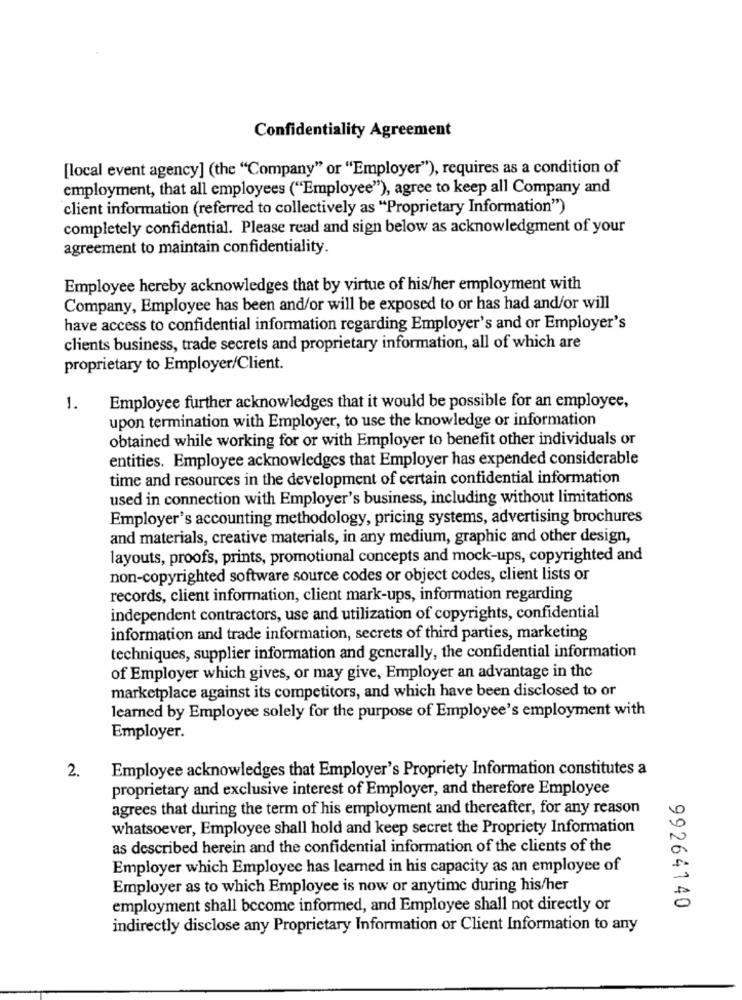
Confidentiality Agreement
[local event agency] (the "Company" or "Employer"), requires as a condition of
employment, that all employees ("Employee"), agree to keep all Company and
client information (referred to collectively as "Proprietary Information")
completely confidential. Please read and sign below as acknowledgment of your
agreement to maintain confidentiality.
Employee hereby acknowledges that by virtue of his/her employment with
Company, Employee has been and/or will be exposed to or has had and/or will
have access to confidential information regarding Employer's and or Employer's
clients business, trade secrets and proprietary information, all of which are
proprietary to Employer/Client.
1.
Employee further acknowledges that it would be possible for an employee,
upon termination with Employer, to use the knowledge or information
obtained while working for or with Employer to benefit other individuals or
entities. Employee acknowledges that Employer has expended considerable
time and resources in the development of certain confidential information
used in connection with Employer's business, including without limitations
Employer's accounting methodology, pricing systems, advertising brochures
and materials, creative materials, in any medium, graphic and other design,
layouts, proofs, prints, promotional concepts and mock-ups, copyrighted and
non-copyrighted software source codes or object codes, client lists or
records, client information, client mark-ups, information regarding
independent contractors, use and utilization of copyrights, confidential
information and trade information, secrets of third parties, marketing
techniques, supplier information and generally, the confidential information
of Employer which gives, or may give, Employer an advantage in the
marketplace against its competitors, and which have been disclosed to or
learned by Employee solely for the purpose of Employee's employment with
Employer.
2.
Employee acknowledges that Employer's Propriety Information constitutes a
proprietary and exclusive interest of Employer, and therefore Employee
agrees that during the term of his employment and thereafter, for any reason
whatsoever, Employee shall hold and keep secret the Propriety Information
as described herein and the confidential information of the clients of the
Employer which Employee has learned in his capacity as an employee of
Employer as to which Employee is now or anytime during his/her
employment shall become informed, and Employee shall not directly or
99264140
indirectly disclose any Proprietary Information or Client Information to any